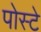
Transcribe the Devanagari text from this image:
पोस्टे